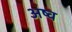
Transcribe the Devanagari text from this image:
अष्व